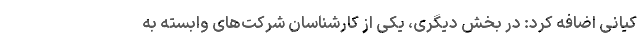
کیانی اضافه کرد: در بخش دیگری، یکی از کارشناسان شرکت‌های وابسته به